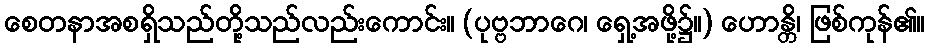
စေတနာအစရှိသည်တို့သည်လည်းကောင်း။ (ပုဗ္ဗဘာဂေ၊ ရှေ့အဖို့၌။) ဟောန္တိ၊ ဖြစ်ကုန်၏။